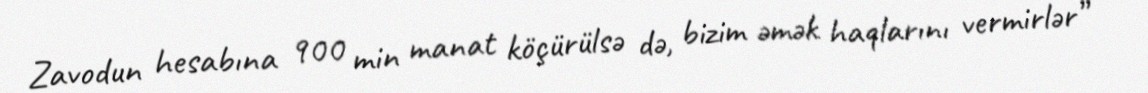
Zavodun hesabına 900 min manat köçürülsə də, bizim əmək haqlarını vermirlər” –